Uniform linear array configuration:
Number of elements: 48
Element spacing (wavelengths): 0.5
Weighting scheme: hamming
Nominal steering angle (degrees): -45
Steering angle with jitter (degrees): -44.658
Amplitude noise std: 0.05
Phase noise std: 0.05

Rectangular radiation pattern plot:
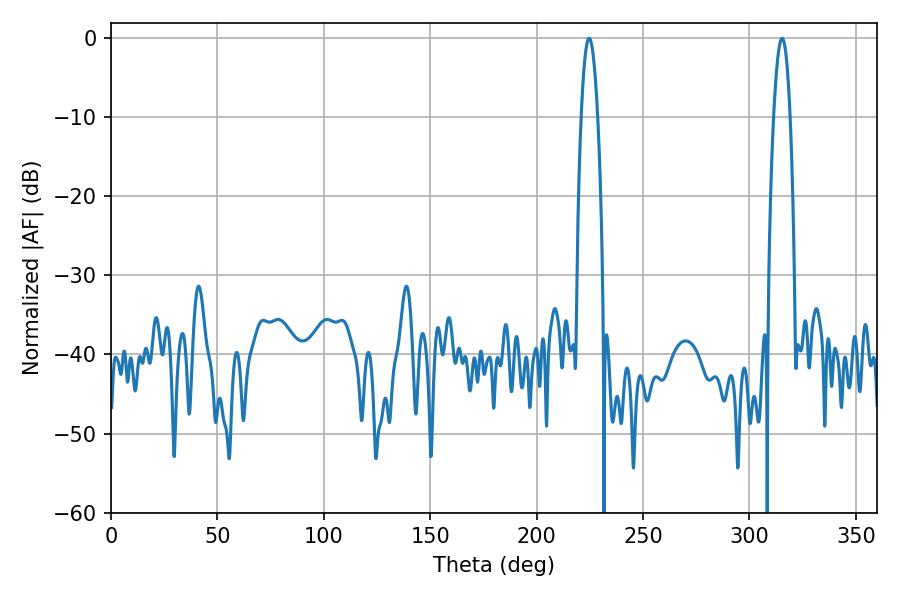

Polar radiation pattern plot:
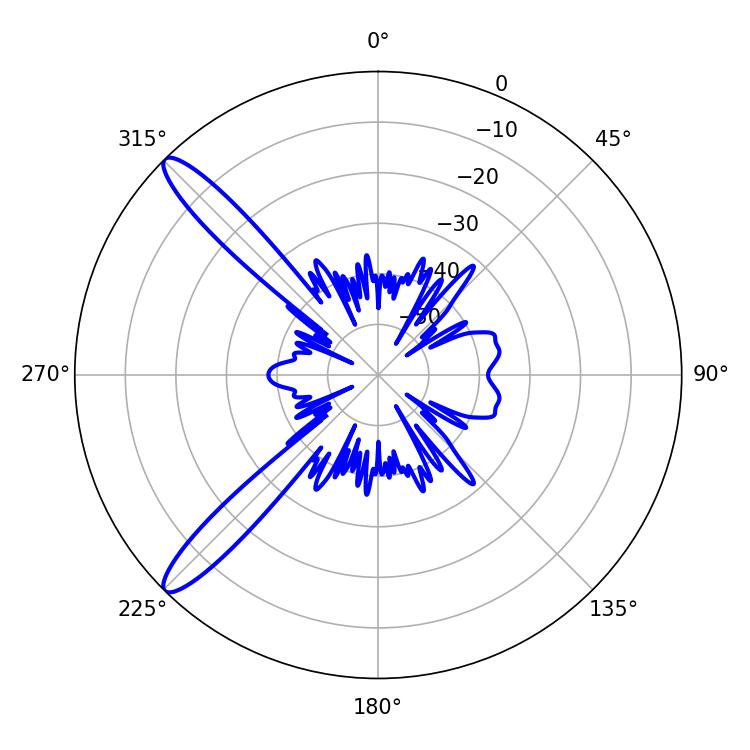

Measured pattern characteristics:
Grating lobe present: FALSE
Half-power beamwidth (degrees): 4.14
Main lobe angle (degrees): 224.64